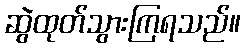
ဆွဲထုတ်သွားကြရသည်။